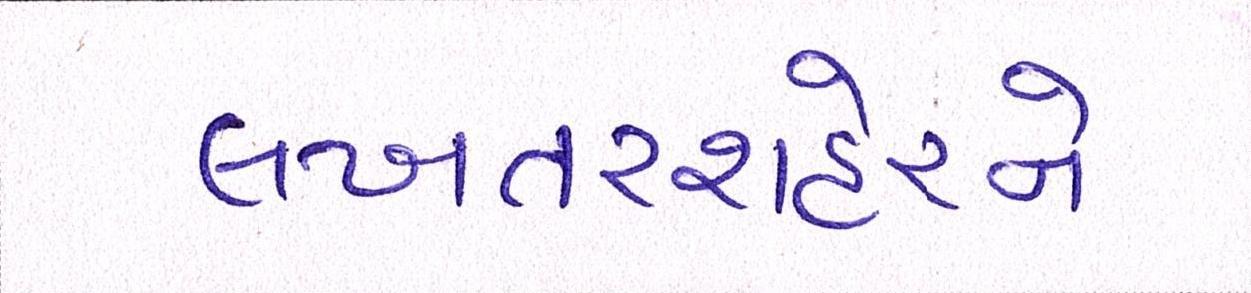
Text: લખતરશહેરને